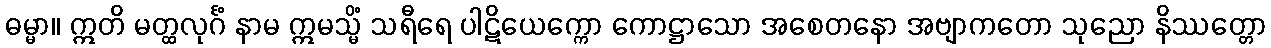
ဓမ္မာ။ ဣတိ မတ္ထလုင်္ဂံ နာမ ဣမသ္မိံ သရီရေ ပါဋိယေက္ကော ကောဋ္ဌာသော အစေတနော အဗျာကတော သုညော နိဿတ္တော